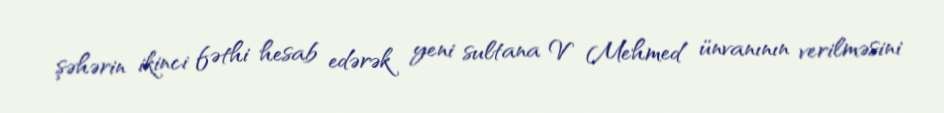
şəhərin ikinci fəthi hesab edərək yeni sultana V Mehmed ünvanının verilməsini